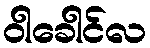
ဝါခေါင်လ